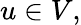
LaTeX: u\in V,